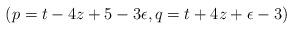
LaTeX: \begin{align*}(p= t-4z + 5 - 3\epsilon, q= t+4z+\epsilon - 3)\end{align*}